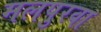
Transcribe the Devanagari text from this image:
मलपुरवा